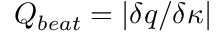
Q _ { b e a t } = | \delta q / \delta \kappa |